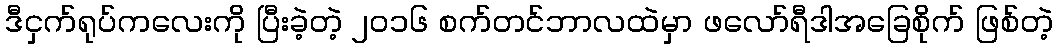
ဒီငှက်ရုပ်ကလေးကို ပြီးခဲ့တဲ့ ၂၀၁၆ စက်တင်ဘာလထဲမှာ ဖလော်ရီဒါအခြေစိုက် ဖြစ်တဲ့